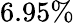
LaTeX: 6.95\%